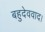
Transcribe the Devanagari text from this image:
बहुदेववाद।